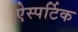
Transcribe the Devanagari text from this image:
ऐस्पर्टिक